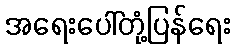
အရေးပေါ်တုံ့ပြန်ရေး